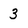
Character: 3